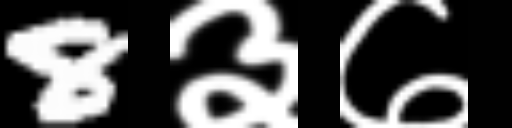
Text: 8३७